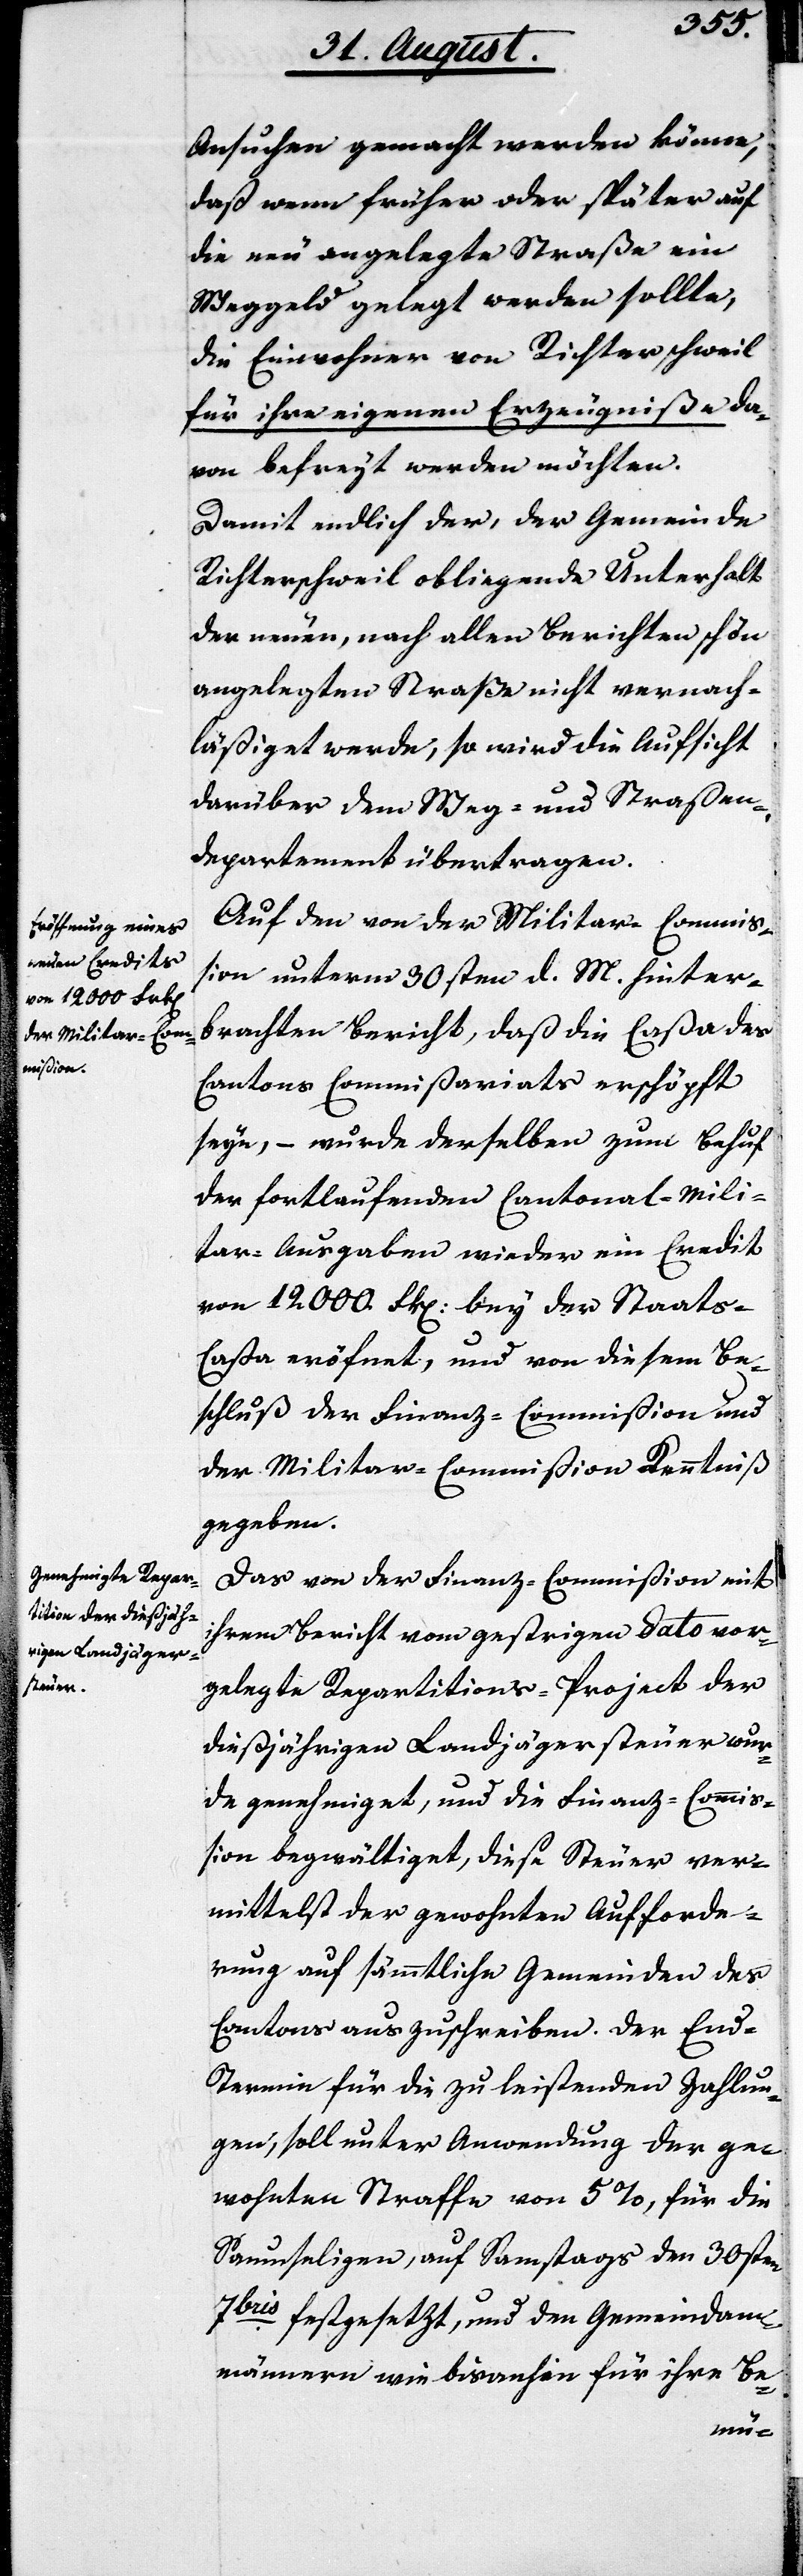
Ansuchen gemacht werde könne,
daß wenn früher oder später auf
die neu angelegte Straße ein
Weggeld gelegt werden sollte,
die Einwohner von Richterschweil
für ihre eigenen Erzeugniße da¬
von befreyt werde möchten.
Damit endlich der, der Gemeinde
Richterschweil obliegende Unterhalt
der neuen, nach allen Berichten schön
angelegten Straße nicht vernach¬
läßiget werde, so wird die Aufsicht
darüber dem Weg- und Straßen¬
departement übertragen.
Auf den von der Militar-Commiß¬
ion unterm 30sten d. M. hinter¬
brachten Bericht, daß die Caßa des
Cantons Commißariats erschöpft
seye, – wurde derselben zum Behuf
der fortlaufenden Cantonal-Mili¬
tar-Ausgaben wieder ein Credit
von 12000. Frk. bey der Staats-C¬
aße eröfnet, und von diesem Be¬
schluß der Finanz-Commißion und
der Militar-Commißion Kenntniß
gegeben.
Das von der Finanz-Commißion mit
ihrem Bericht von gestrigem Dato vor¬
gelegte Repartitions-Project der
dießjährigen Landjägersteuer wur¬
de genehmiget, und die Finanz-Commi¬
ßion begwältiget, diese Steuer ver¬
mittelst der gewohnten Aufforde¬
rung auf sämmtliche Gemeinden des
Cantons auszuschreiben. Der End-T¬
ermin für die zu leistenden Zahlun¬
gen, soll unter Anwendung der ge¬
wohnten Straffe von 5 %, für die
Saumseligen, auf Samstags den 30sten
7bris festgesetzt, und den Gemeindam¬
männern wie bis anhin für ihre Be-